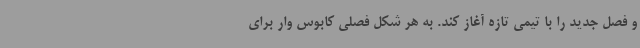
و فصل جدید را با تیمی تازه آغاز کند. به هر شکل فصلی کابوس وار برای